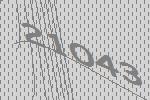
21043